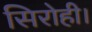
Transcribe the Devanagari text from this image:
सिरोही।